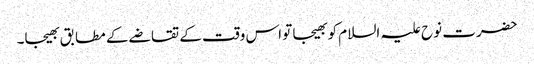
حضرت نوح علیہ السلام کو بھیجا تو اس وقت کے تقاضے کے مطابق بھیجا۔